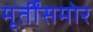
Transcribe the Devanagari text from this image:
मूर्तींसमोर